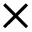
\times